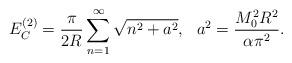
LaTeX: \begin{align*}E_C^{(2)}=\frac{\pi}{2 R}\sum\limits_{n=1}^{\infty}\sqrt{n^2+a^2},~~a^2=\frac{M_0^2 R^2}{\alpha \pi^2}.\end{align*}